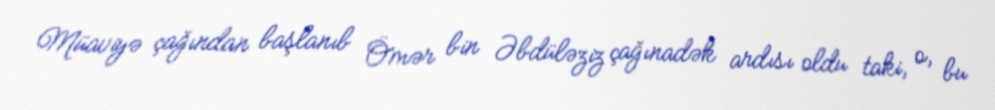
Müaviyə çağından başlanıb Ömər bin Əbdüləziz çağınadək ardısı oldu taki, o, bu